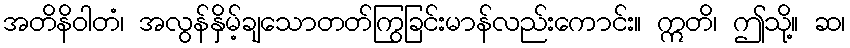
အတိနိဝါတံ၊ အလွန်နှိမ့်ချသောတတ်ကြွခြင်းမာန်လည်းကောင်း။ ဣတိ၊ ဤသို့။ ဆ၊